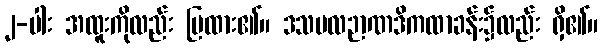
၂-ပါး အထူးကိုလည်း ပြထား၏။ ဒသဗလဉာဏဒိကထာခန်း၌လည်း ရှိ၏။